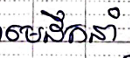
មេដឹកនាំ